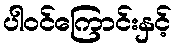
ပါဝင်ကြောင်းနှင့်